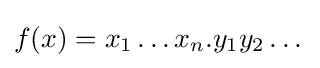
f(x)=x_{1}\dots x_{n}.y_{1}y_{2}\dots